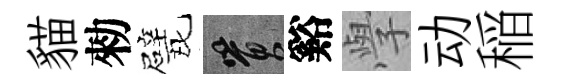
貓勑戏篔谿𭓕动稲